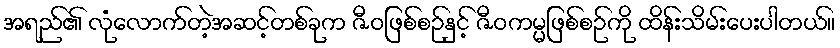
အရည်၏ လုံလောက်တဲ့အဆင့်တစ်ခုက ဇီဝဖြစ်စဉ်နှင့် ဇီဝကမ္မဖြစ်စဉ်ကို ထိန်းသိမ်းပေးပါတယ်။